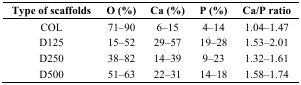
<table><thead><tr><td><b>Type of scaffolds</b></td><td><b>O (%)</b></td><td><b>Ca (%)</b></td><td><b>P (%)</b></td><td><b>Ca/P ratio</b></td></tr></thead><tbody><tr><td>COL</td><td>71–90</td><td>6–15</td><td>4–14</td><td>1.04–1.47</td></tr><tr><td>D125</td><td>15–52</td><td>29–57</td><td>19–28</td><td>1.53–2.01</td></tr><tr><td>D250</td><td>38–82</td><td>14–39</td><td>9–23</td><td>1.32–1.61</td></tr><tr><td>D500</td><td>51–63</td><td>22–31</td><td>14–18</td><td>1.58–1.74</td></tr></tbody></table>